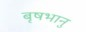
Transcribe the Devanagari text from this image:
बृषभानु